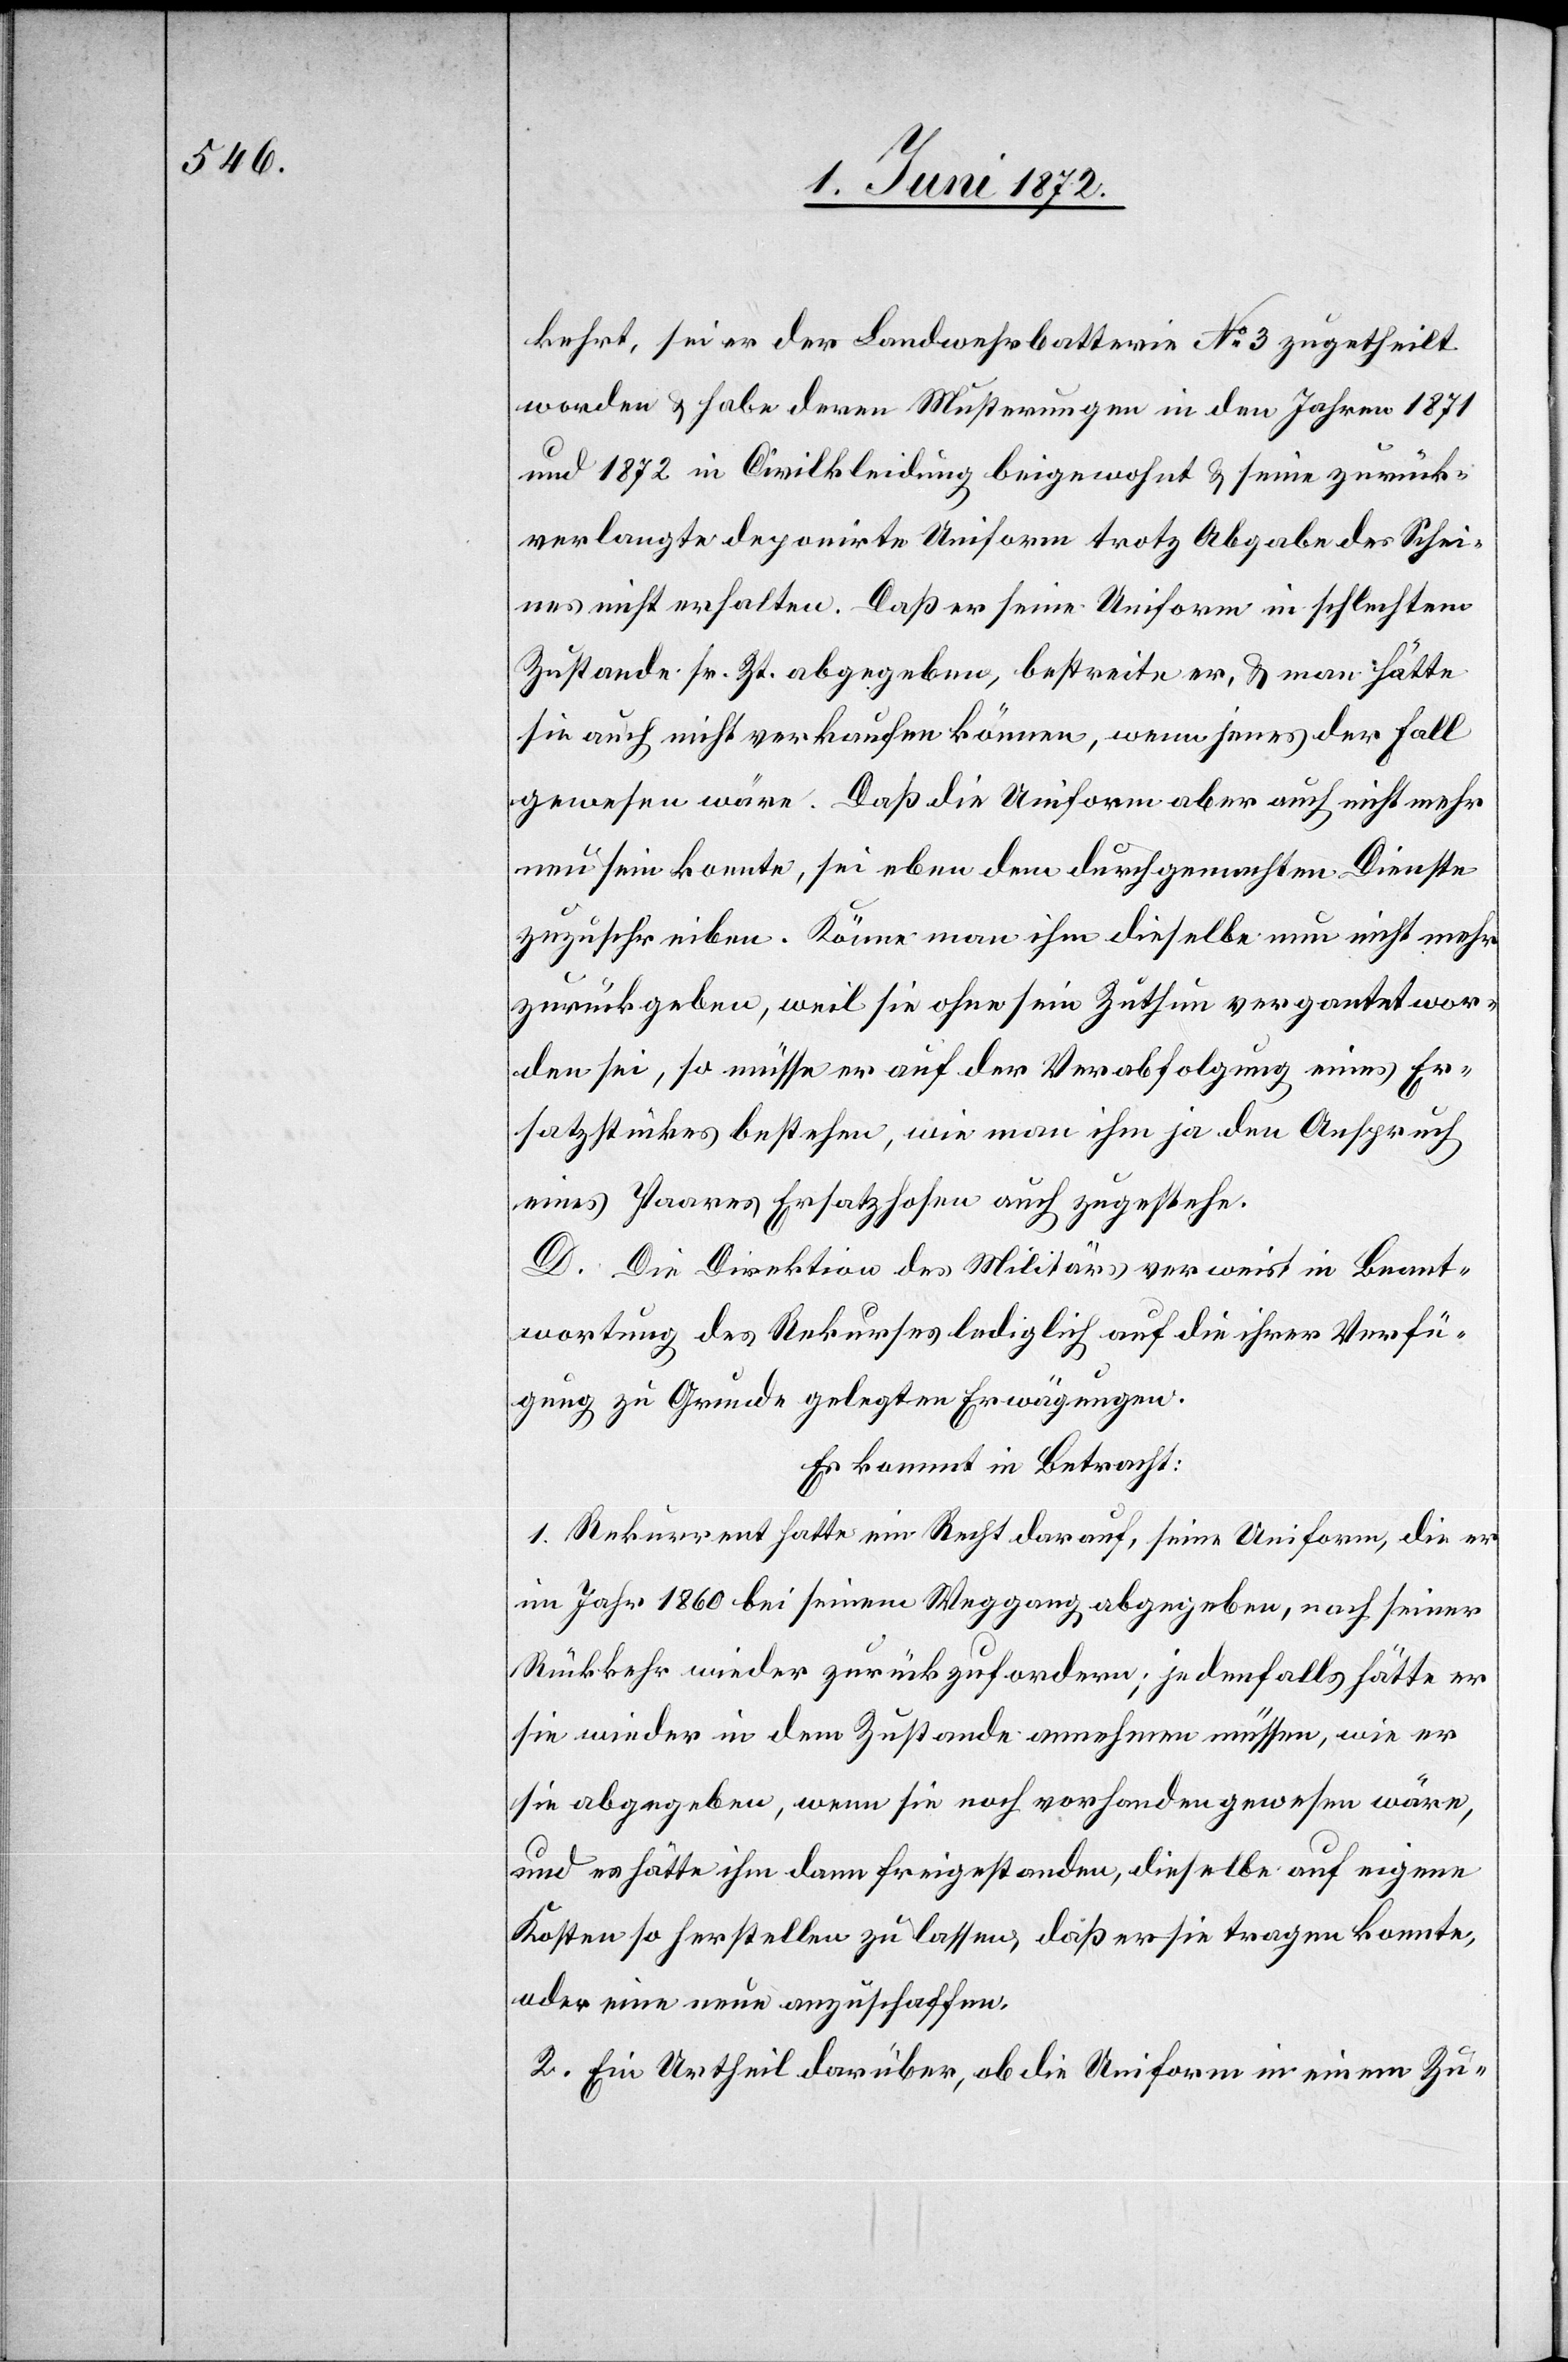
kehrt, sei er der Landwehrbatterie No 3 zugetheilt
worden u. habe deren Musterungen in den Jahren 1871
und 1872 in Civilkleidung beigewohnt u. seine zurück¬
verlangte deponirte Uniform trotz Abgabe des Schei¬
nes nicht erhalten. Daß er seine Uniform in schlechtem
Zustande sr. Zt. abgegeben, bestreite er, u. man hätte
sie auch nicht verkaufen können, wenn jenes der Fall
gewesen wäre. Daß die Uniform aber auch nicht mehr
neu sein konnte, sei eben dem durchgemachten Dienste
zuzuschreiben. Könne man ihm dieselbe nun nicht mehr
zurückgeben, weil sie ohne sein Zuthun vergantet wor¬
den sei, so müsse er auf der Verabfolgung eines Er¬
satzstückes bestehen, wie man ihm ja den Anspruch
eines Paares Ersatzhosen auch zugestehe.
D. Die Direktion des Militärs verweist in Beant¬
wortung des Rekurses lediglich auf die ihrer Verfü¬
gung zu Grunde gelegten Erwägungen.
Es kommt in Betracht:
1. Rekurrent hatte ein Recht darauf, seine Uniform, die er
im Jahr 1860 bei seinem Weggang abgegeben, nach seiner
Rückkehr wieder zurückzufordern; jedenfalls hätte er
sie wieder in dem Zustande annehmen müssen, wie er
sie abgegeben, wenn sie noch vorhanden gewesen wäre,
und es hätte ihm dann freigestanden, dieselbe auf eigene
Kosten so herstellen zu lassen, daß er sie tragen konnte,
oder eine neue anzuschaffen.
2. Ein Urtheil darüber, ob die Uniform in einem Zu-